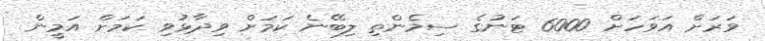
ވަރަށް އަވަހަށް 6000 ޓަނުގެ ސިމެންތި ލިބޭނެ ކަމަށް ވިދާޅުވި ކަމަށް އަމީން